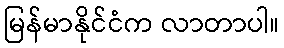
မြန်မာနိုင်ငံက လာတာပါ။